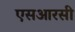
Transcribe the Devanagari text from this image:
एसआरसी